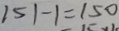
1 5 1 - 1 = 1 5 0